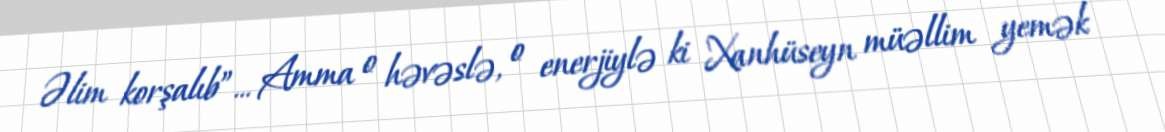
Əlim korşalıb”... Amma o həvəslə, o enerjiylə ki Xanhüseyn müəllim yemək